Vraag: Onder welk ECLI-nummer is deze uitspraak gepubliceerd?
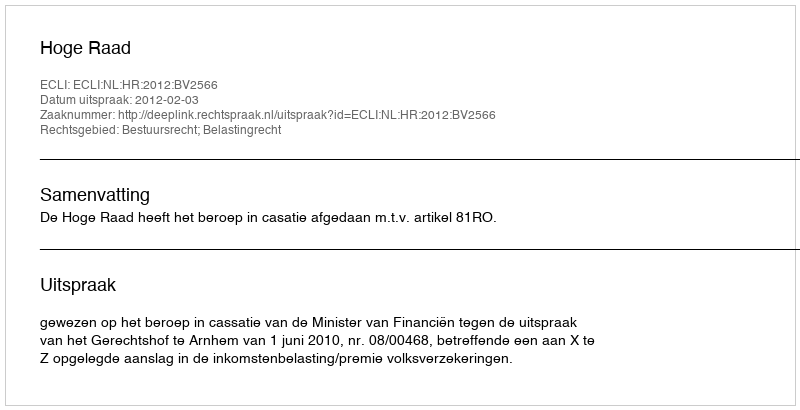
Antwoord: ECLI:NL:HR:2012:BV2566